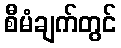
စီမံချက်တွင်